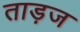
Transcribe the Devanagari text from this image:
ताड़ज